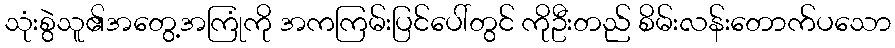
သုံးစွဲသူ၏အတွေ့အကြုံကို အကကြမ်းပြင်ပေါ်တွင် ကိုဦးတည် စိမ်းလန်းတောက်ပသော